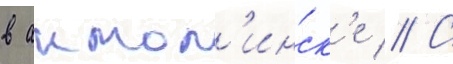
в акмол'инск'е // С